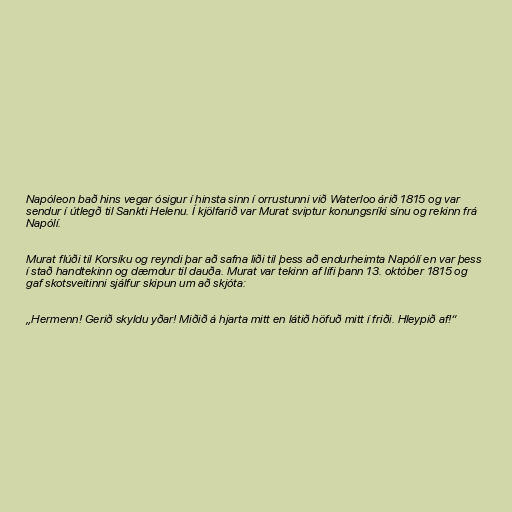
Napóleon bað hins vegar ósigur í hinsta sinn í orrustunni við Waterloo árið 1815 og var
sendur í útlegð til Sankti Helenu. Í kjölfarið var Murat sviptur konungsríki sínu og rekinn frá
Napólí.

Murat flúði til Korsíku og reyndi þar að safna liði til þess að endurheimta Napólí en var þess
í stað handtekinn og dæmdur til dauða. Murat var tekinn af lífi þann 13. október 1815 og
gaf skotsveitinni sjálfur skipun um að skjóta:

„Hermenn! Gerið skyldu yðar! Miðið á hjarta mitt en látið höfuð mitt í friði. Hleypið af!“